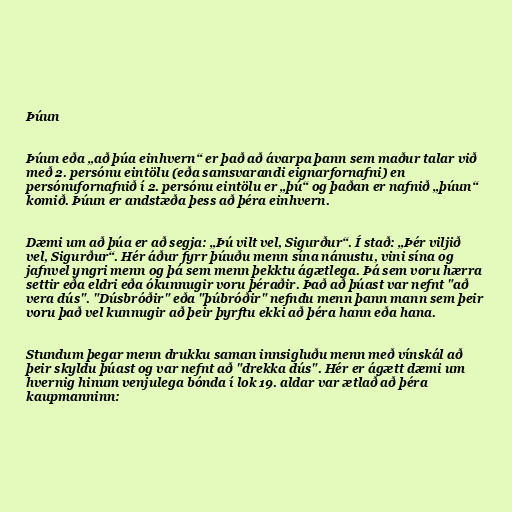
Þúun

Þúun eða „að þúa einhvern“ er það að ávarpa þann sem maður talar við
með 2. persónu eintölu (eða samsvarandi eignarfornafni) en
persónufornafnið í 2. persónu eintölu er „þú“ og þaðan er nafnið „þúun“
komið. Þúun er andstæða þess að þéra einhvern.

Dæmi um að þúa er að segja: „Þú vilt vel, Sigurður“. Í stað: „Þér viljið
vel, Sigurður“. Hér áður fyrr þúuðu menn sína nánustu, vini sína og
jafnvel yngri menn og þá sem menn þekktu ágætlega. Þá sem voru hærra
settir eða eldri eða ókunnugir voru þéraðir. Það að þúast var nefnt "að
vera dús". "Dúsbróðir" eða "þúbróðir" nefndu menn þann mann sem þeir
voru það vel kunnugir að þeir þyrftu ekki að þéra hann eða hana.

Stundum þegar menn drukku saman innsigluðu menn með vínskál að
þeir skyldu þúast og var nefnt að "drekka dús". Hér er ágætt dæmi um
hvernig hinum venjulega bónda í lok 19. aldar var ætlað að þéra
kaupmanninn: